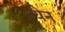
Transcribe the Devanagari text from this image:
त्येन